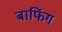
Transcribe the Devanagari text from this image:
बाफिंग